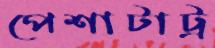
পেশাটাট্র